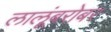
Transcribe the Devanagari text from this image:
लालूंबरोबर